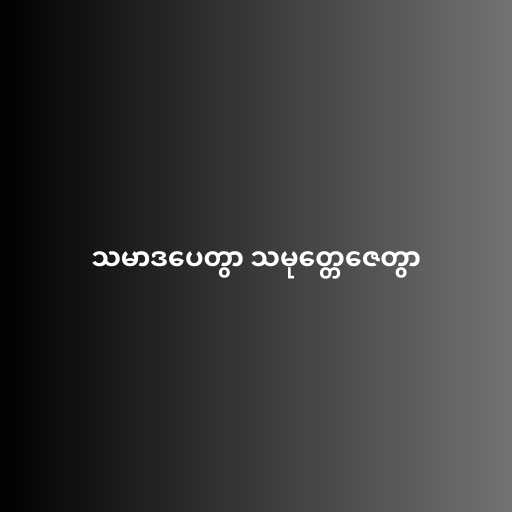
သမာဒပေတွာ သမုတ္တေဇေတွာ